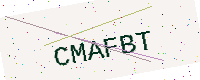
Text: CMAFBT